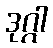
ဒုဂ္ဂါ